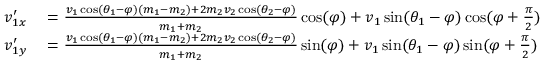
\begin{array} { r l } { v _ { 1 x } ^ { \prime } } & { { } = { \frac { v _ { 1 } \cos ( \theta _ { 1 } - \varphi ) ( m _ { 1 } - m _ { 2 } ) + 2 m _ { 2 } v _ { 2 } \cos ( \theta _ { 2 } - \varphi ) } { m _ { 1 } + m _ { 2 } } } \cos ( \varphi ) + v _ { 1 } \sin ( \theta _ { 1 } - \varphi ) \cos ( \varphi + { \frac { \pi } { 2 } } ) } \\ { v _ { 1 y } ^ { \prime } } & { { } = { \frac { v _ { 1 } \cos ( \theta _ { 1 } - \varphi ) ( m _ { 1 } - m _ { 2 } ) + 2 m _ { 2 } v _ { 2 } \cos ( \theta _ { 2 } - \varphi ) } { m _ { 1 } + m _ { 2 } } } \sin ( \varphi ) + v _ { 1 } \sin ( \theta _ { 1 } - \varphi ) \sin ( \varphi + { \frac { \pi } { 2 } } ) } \end{array}